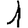
Digit: 1